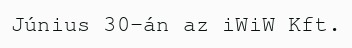
Június 30-án az iWiW Kft.